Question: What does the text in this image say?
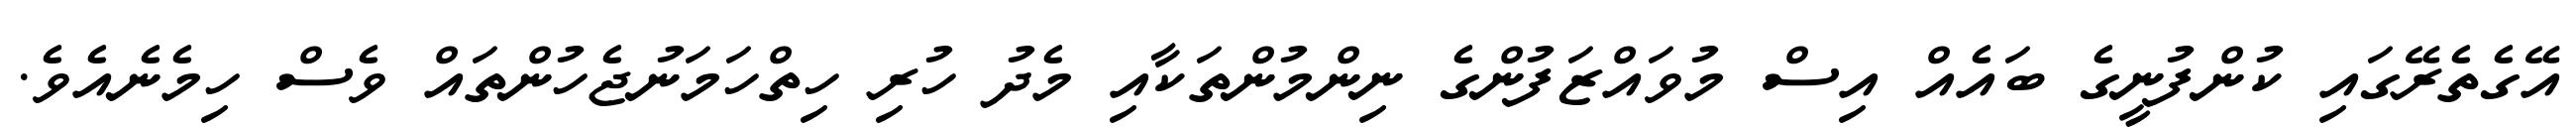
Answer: އޭގެތެރޭގައި ކުންފުނީގެ ބައެއް އިސް މުވައްޒަފުންގެ ނިންމުންތަކާއި މެދު ހުރި ހިތްހަމަނުޖެހުންތައް ވެސް ހިމެނެއެވެ.